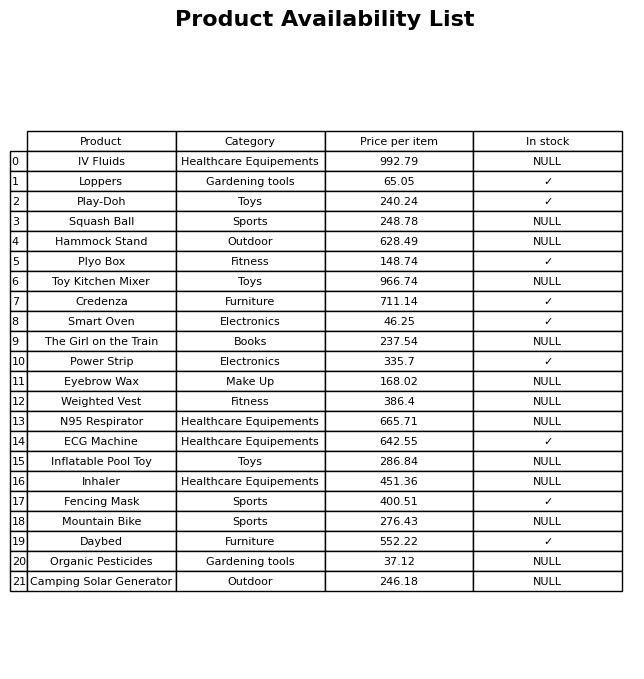
question: Which products are currently out of stock?
answer: IV Fluids, Squash Ball, Hammock Stand, Toy Kitchen Mixer, The Girl on the Train, Eyebrow Wax, Weighted Vest, N95 Respirator, Inflatable Pool Toy, Inhaler, Mountain Bike, Organic Pesticides, Camping Solar Generator